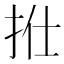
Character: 𢫟